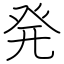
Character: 発